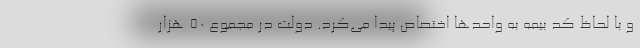
و با لحاظ کد بیمه به واحدها اختصاص پیدا می‌کرد. دولت در مجموع ۵۰ هزار